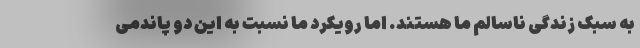
به سبک زندگی ناسالم ما هستند. اما رویکرد ما نسبت به این دو پاندمی